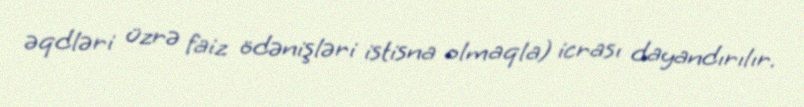
əqdləri üzrə faiz ödənişləri istisna olmaqla) icrası dayandırılır.